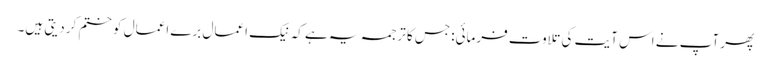
پھر آپ نے اس آیت کی تلاوت فرمائی:جس کا ترجمہ یہ ہے کہ نیک اعمال برے اعمال کو ختم کر دیتی ہیں۔